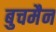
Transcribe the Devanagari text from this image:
बुचमैन